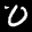
Label: 0